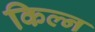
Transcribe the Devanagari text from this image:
किल्न